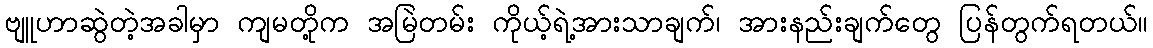
ဗျူဟာဆွဲတဲ့အခါမှာ ကျမတို့က အမြဲတမ်း ကိုယ့်ရဲ့အားသာချက်၊ အားနည်းချက်တွေ ပြန်တွက်ရတယ်။